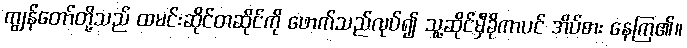
ကျွန်တော်တို့သည် ထမင်းဆိုင်တဆိုင်ကို ဖောက်သည်လုပ်၍ သူ့ဆိုင်မှီခိုကာပင် အိပ်စား နေကြ၏။